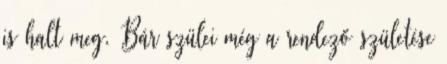
is halt meg. Bár szülei még a rendező születése